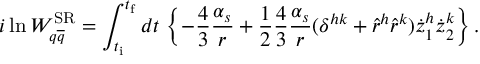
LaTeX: i \ln W _ { q \overline { { { q } } } } ^ { \mathrm { S R } } = \int _ { t _ { \mathrm { i } } } ^ { t _ { \mathrm { f } } } d t \, \left\{ - \frac { 4 } { 3 } \frac { \alpha _ { s } } { r } + \frac { 1 } { 2 } \frac { 4 } { 3 } \frac { \alpha _ { s } } { r } ( \delta ^ { h k } + \hat { r } ^ { h } \hat { r } ^ { k } ) \dot { z } _ { 1 } ^ { h } \dot { z } _ { 2 } ^ { k } \right\} .